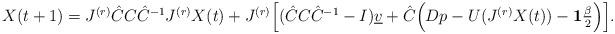
LaTeX: \begin{align*} \begin{array}{ll} X(t+1) = J^{(r)}\hat{C}C\hat{C}^{-1}J^{(r)}X(t) + J^{(r)}\Big[(\hat{C}C\hat{C}^{-1}-I)\underline{v} + \hat{C}\Big(Dp - U(J^{(r)}X(t)) - \mathbf{1}\frac{\beta}{2} \Big)\Big]. \end{array} \end{align*}